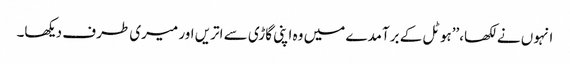
انہوں نے لکھا،’’ہوٹل کے برآمدے میں وہ اپنی گاڑی سے اتریں اور میری طرف دیکھا۔